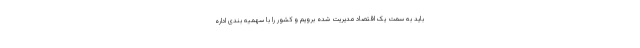
باید به سمت یک اقتصاد مدیریت شده برویم و کشور را با سهمیه بندی اداره